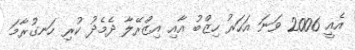
އެއީ 2006 ވަނަ އަހަރު ހިޒްބު އާއި އިޒްރޭލާ ދެމެދު ކުރި ހަނގުރާމަ